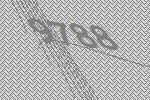
9788